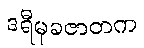
ဒရီမုခဇာတက